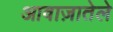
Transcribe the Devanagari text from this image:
आवाज़ातेले